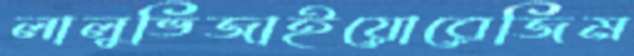
লালুভিজাইয়োরেজিম